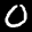
Label: 0